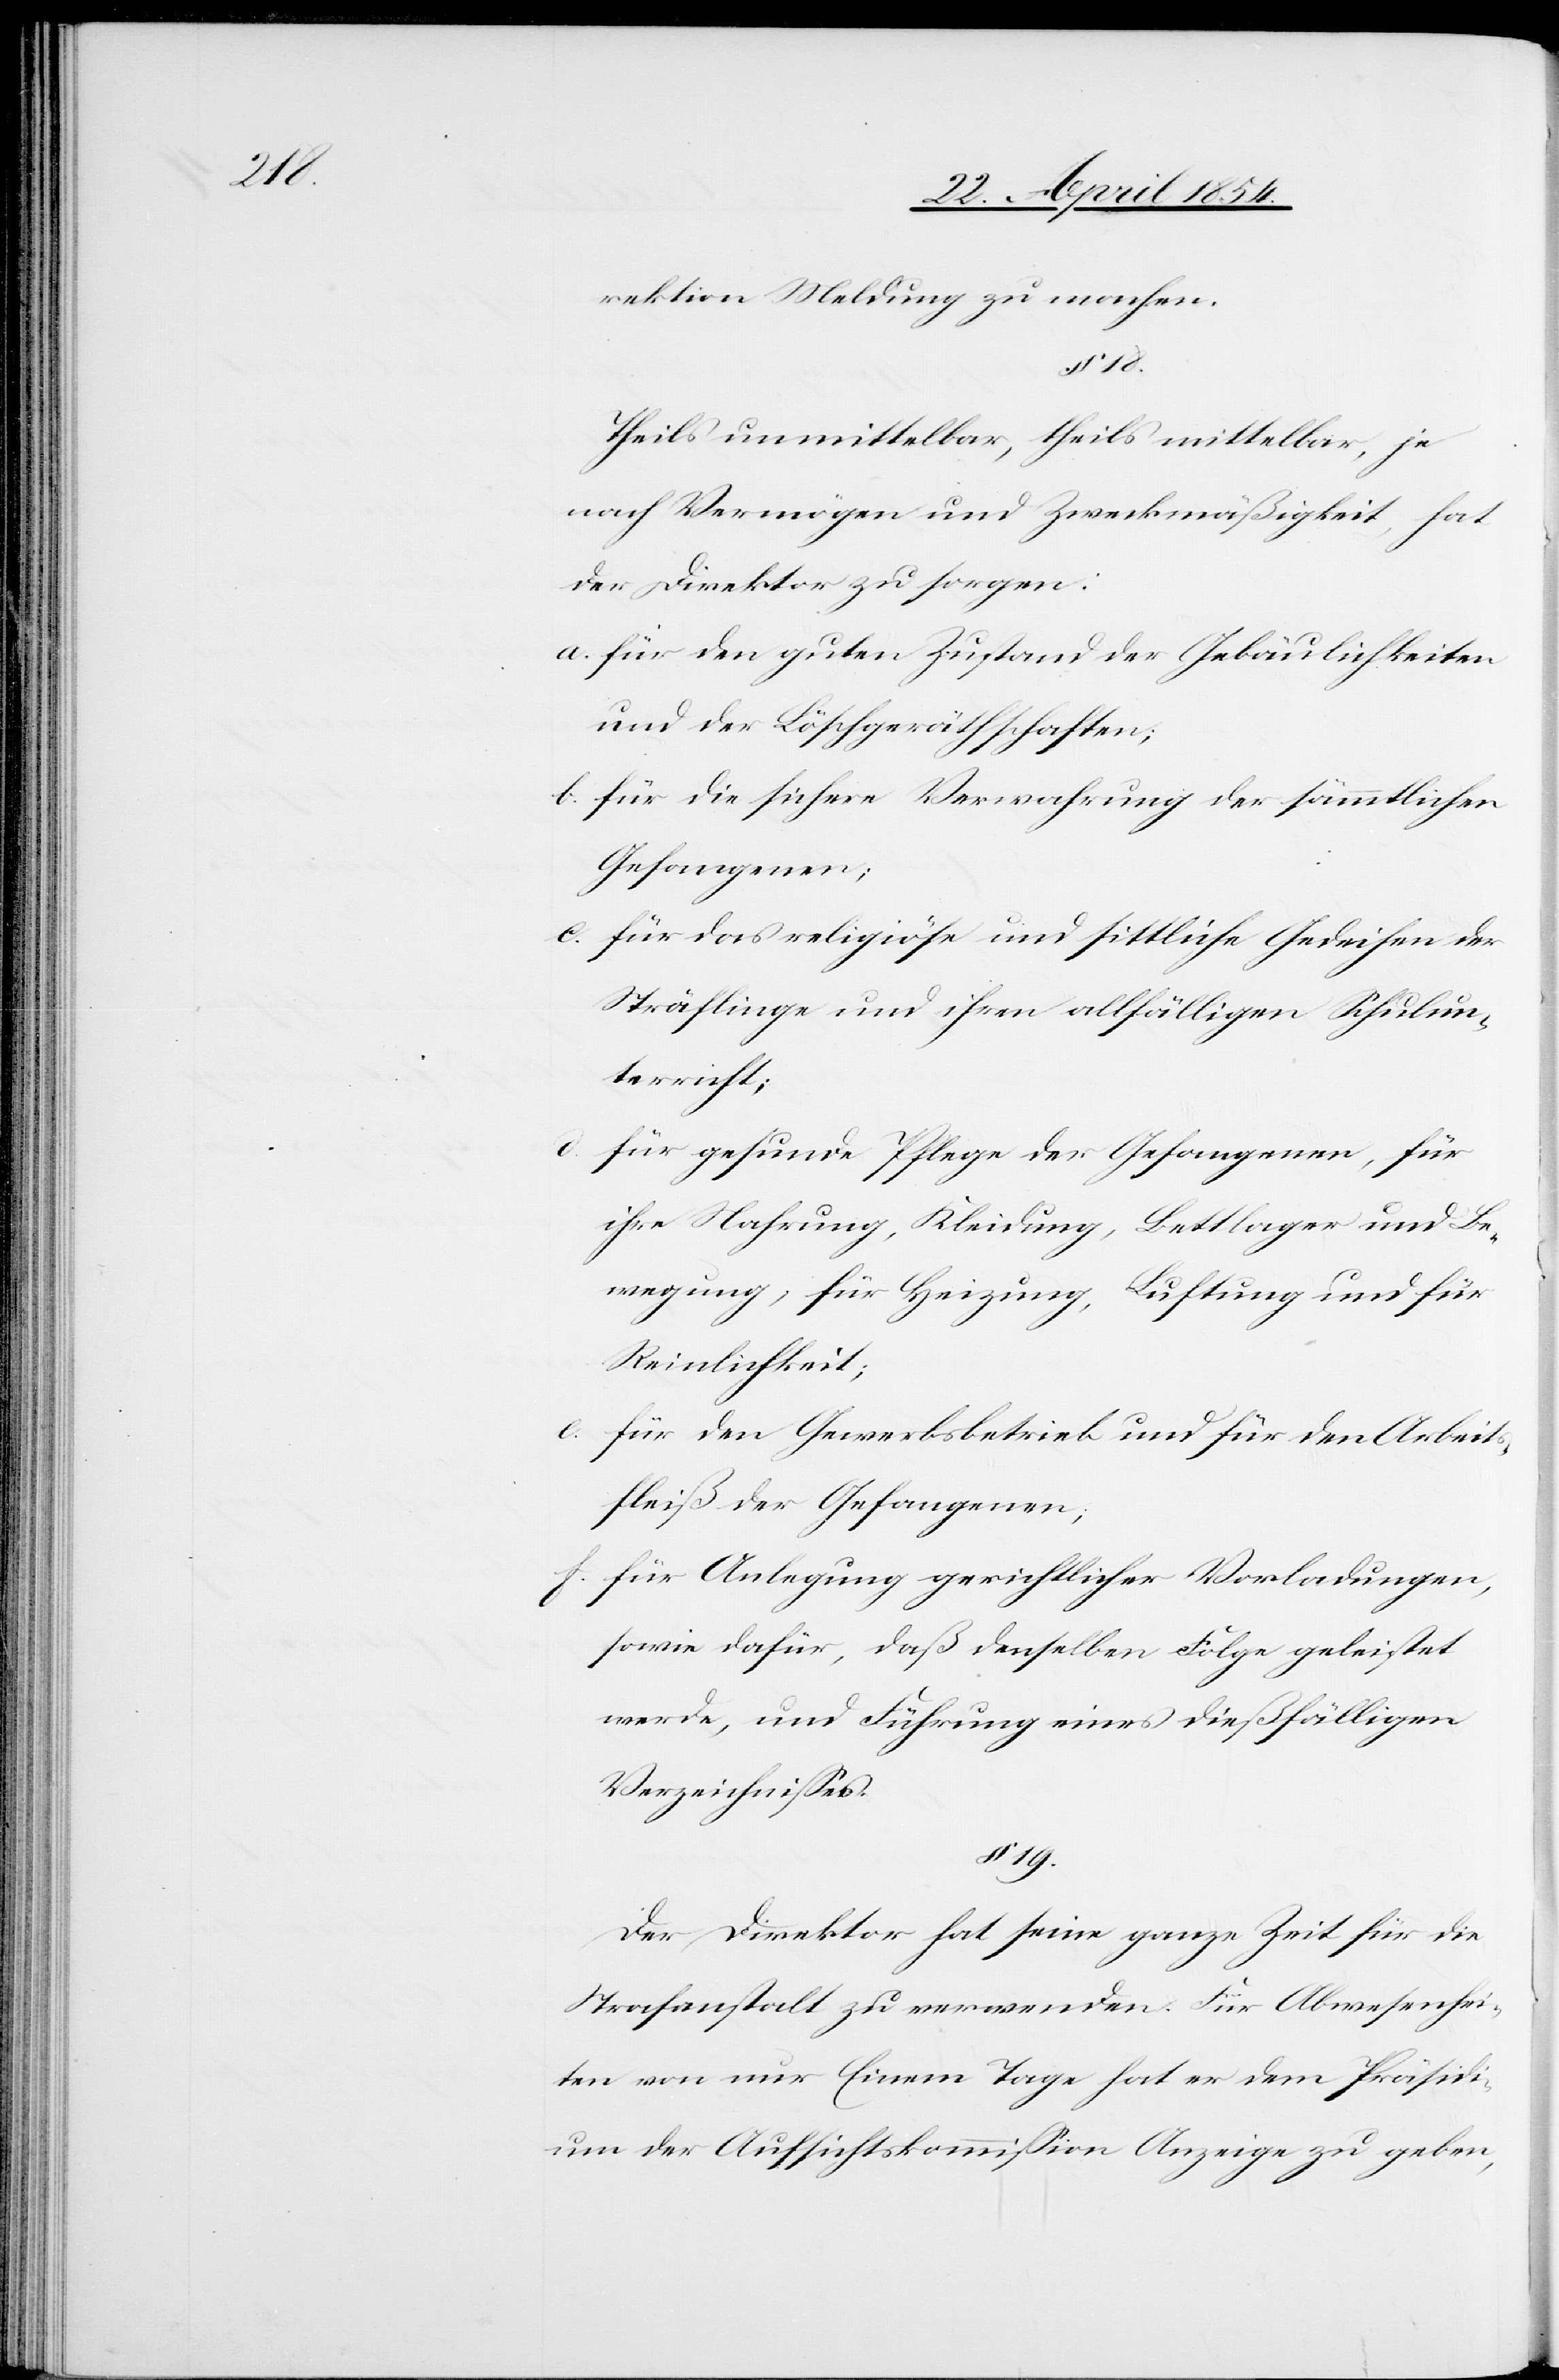
18.

rektion Meldung zu machen.
Theils unmittelbar, theils mittelbar, je
nach Vermögen und Zweckmäßigkeit, hat
der Direktor zu sorgen:
a. für den guten Zustand der Gebäulichkeiten
und der Löschgeräthschaften;
b. für die sichere Verwahrung der sämmtlichen
Gefangenen;
c. für das religiöse und sittliche Gedeihen der
Sträflinge und ihren allfälligen Schulun¬
terricht;
d. für gesunde Pflege der Gefangenen, für
ihre Nahrung, Kleidung, Bettlager und Be¬
wegung, für Heizung, Luftung und für
Reinlichkeit;
e. für den Gewerbsbetrieb und für den Arbeits¬
fleiß der Gefangenen;
f. für Anlegung gerichtlicher Vorladungen,
sowie dafür, daß denselben Folge geleistet
werde, und Führung eines dießfälligen
Verzeichnißes.
§ 19.
Der Direktor hat seine ganze Zeit für die
Strafanstalt zu verwenden. Für Abwesenhei¬
ten von nur Einem Tage hat er dem Präsidi¬
um der Aufsichtskommißion Anzeige zu geben,